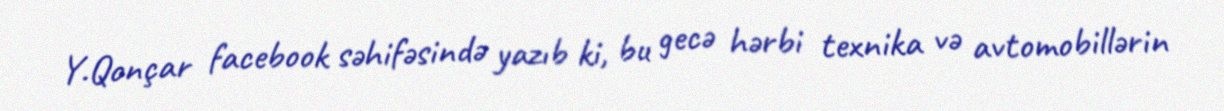
Y.Qonçar facebook səhifəsində yazıb ki, bu gecə hərbi texnika və avtomobillərin